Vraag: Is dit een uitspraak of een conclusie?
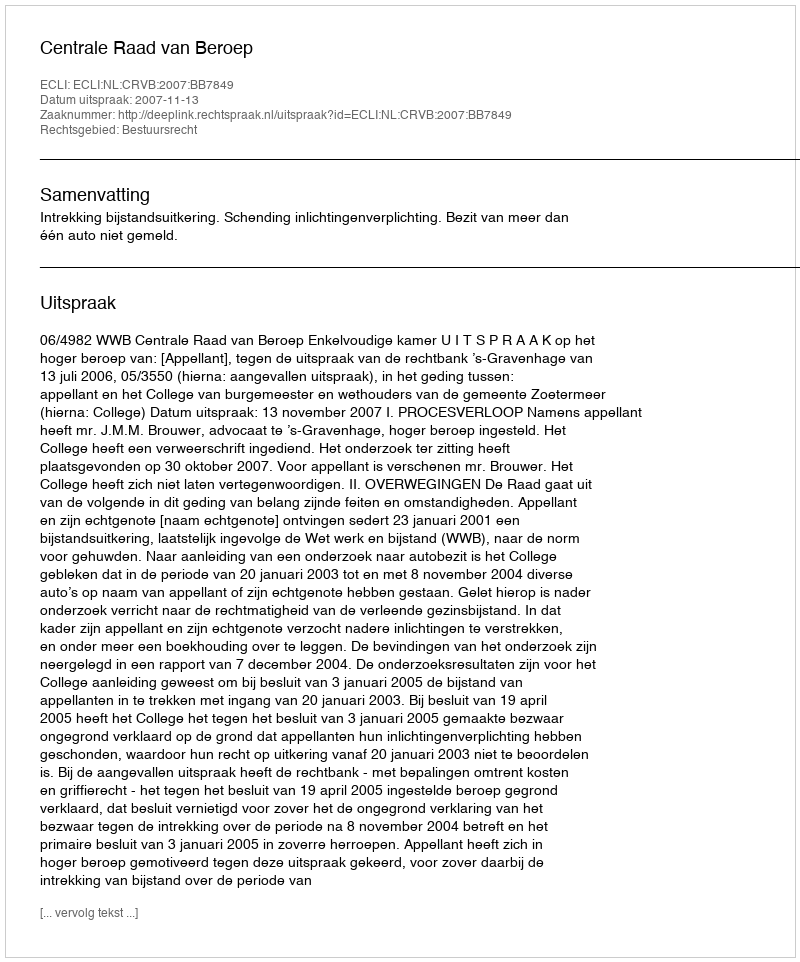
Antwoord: Uitspraak